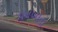
વનખાતા